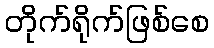
တိုက်ရိုက်ဖြစ်စေ